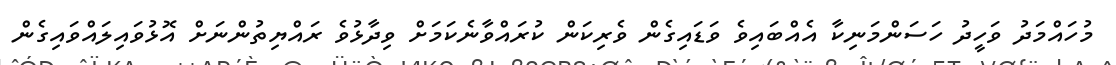
މުހައްމަދު ވަހީދު ހަސަންމަނިކާ އެއްބައިވެ ވަޑައިގެން ވެރިކަން ކުރައްވާނެކަމަށް ވިދާޅުވެ ރައްޔިތުންނަށް އޮޅުވައިލައްވައިގެން